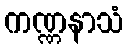
ကဏ္ဏနာသံ